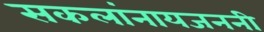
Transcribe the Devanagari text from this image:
सकलांनायजननी